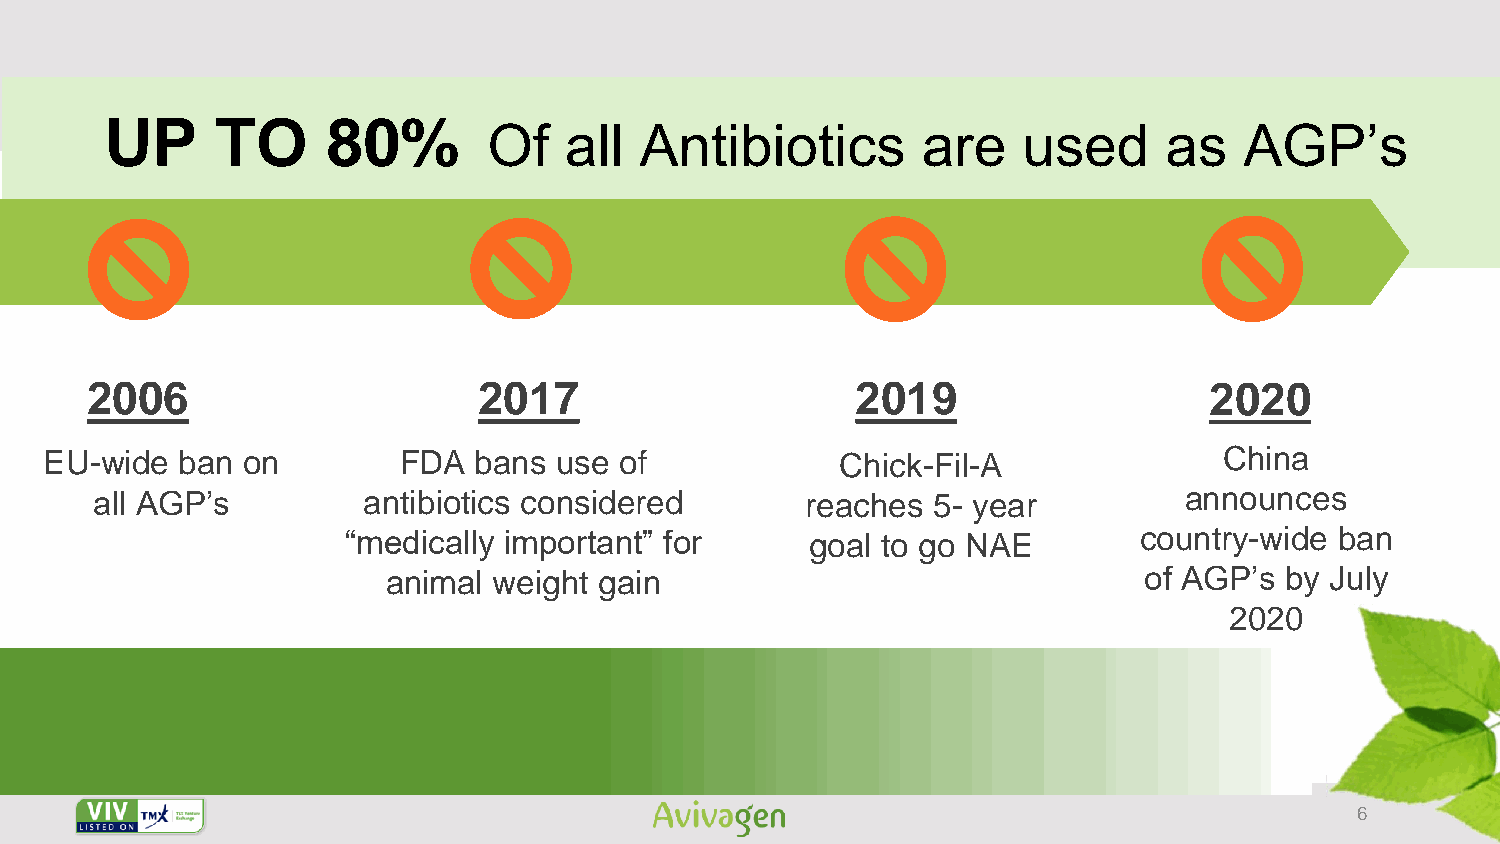
UP     TO      80%
 Of   all  Antibiotics        are    used     as   AGP’s
 2006                      2017                     2019                   2020
 EU-wide  ban on        FDA  bans  use of             Chick-Fil-A              China
 all AGP’s         antibiotics considered       reaches  5- year         announces
 “medically important” for      goal to go NAE       country-wide  ban
 animal weight gain                                of AGP’s by July
 2020
 6